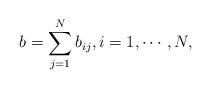
LaTeX: \begin{align*} b = \sum_{j=1}^Nb_{ij},i=1,\cdots, N, \end{align*}